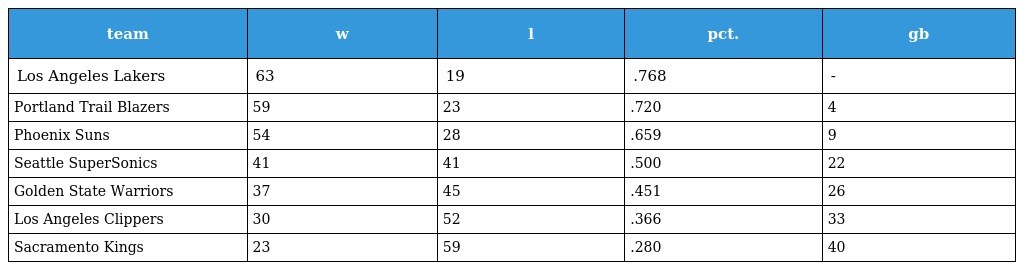
| team | w | l | pct. | gb |
 | --- | --- | --- | --- | --- |
 | Los Angeles Lakers | 63 | 19 | .768 | - |
 | Portland Trail Blazers | 59 | 23 | .720 | 4 |
 | Phoenix Suns | 54 | 28 | .659 | 9 |
 | Seattle SuperSonics | 41 | 41 | .500 | 22 |
 | Golden State Warriors | 37 | 45 | .451 | 26 |
 | Los Angeles Clippers | 30 | 52 | .366 | 33 |
 | Sacramento Kings | 23 | 59 | .280 | 40 |